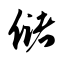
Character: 储